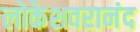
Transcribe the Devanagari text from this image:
लोकेशवरानंद